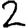
Digit: 2